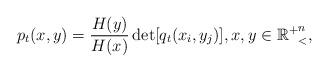
LaTeX: \begin{align*}p_t(x,y)= \frac{H(y)}{H(x)}\det[q_t(x_i,y_j)], x, y\in \mathbb{R^+}_{<}^{n},\end{align*}